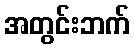
အတွင်းဘက်